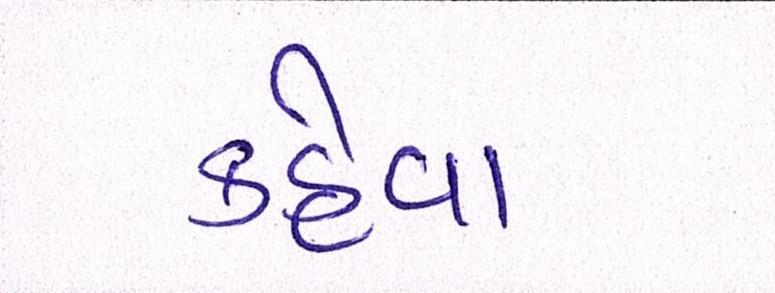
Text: કહેવા